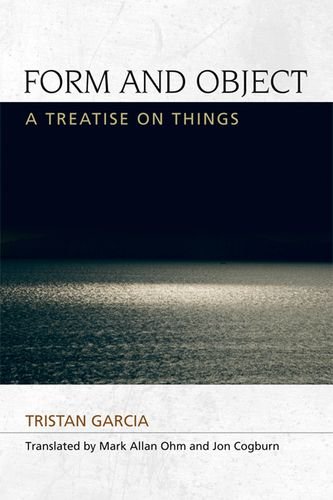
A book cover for Form and Object: A Treatise on Things (Speculative Realism EUP); Tristan Garcia; Politics & Social Sciences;